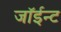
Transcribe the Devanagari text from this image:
जॉईन्ट